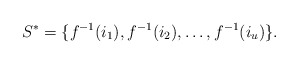
\begin{align*}S^* = \{ f^{-1}(i_1), f^{-1}(i_2),\ldots, f^{-1}(i_u) \}.\end{align*}